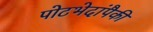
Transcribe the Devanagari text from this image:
पोटभेदांपैकी